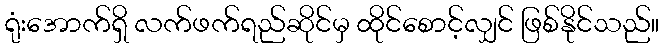
ရုံးအောက်ရှိ လက်ဖက်ရည်ဆိုင်မှ ထိုင်စောင့်လျှင် ဖြစ်နိုင်သည်။